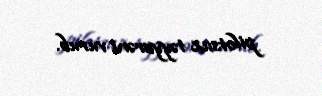
pilotsuz təyyarəni vurub.